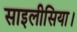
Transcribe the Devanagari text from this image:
साइलीसिया।